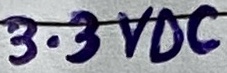
Text: 3.3VDC